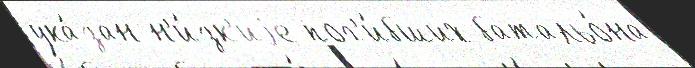
ука́зан н'и́зк'иjе пог'и́бших батальо́на